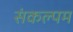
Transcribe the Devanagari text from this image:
संकल्पम